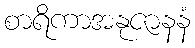
စာရိကာအနုဇာနနံ